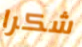
شكرا